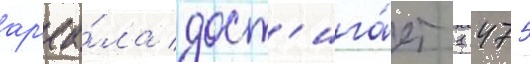
ар'еа́ла дост'ига́ет 1 475